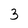
Character: 3